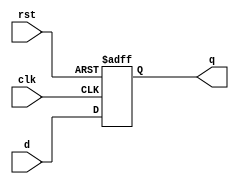
module d_ff(
    input clk,
    input rst,
    input d,
    output reg q
);

// High active reset -> active on rising edge 1

always @(posedge clk or posedge rst)begin
    if(rst)
        q <= 1'b0;
    else
        q <= d;
end

endmodule